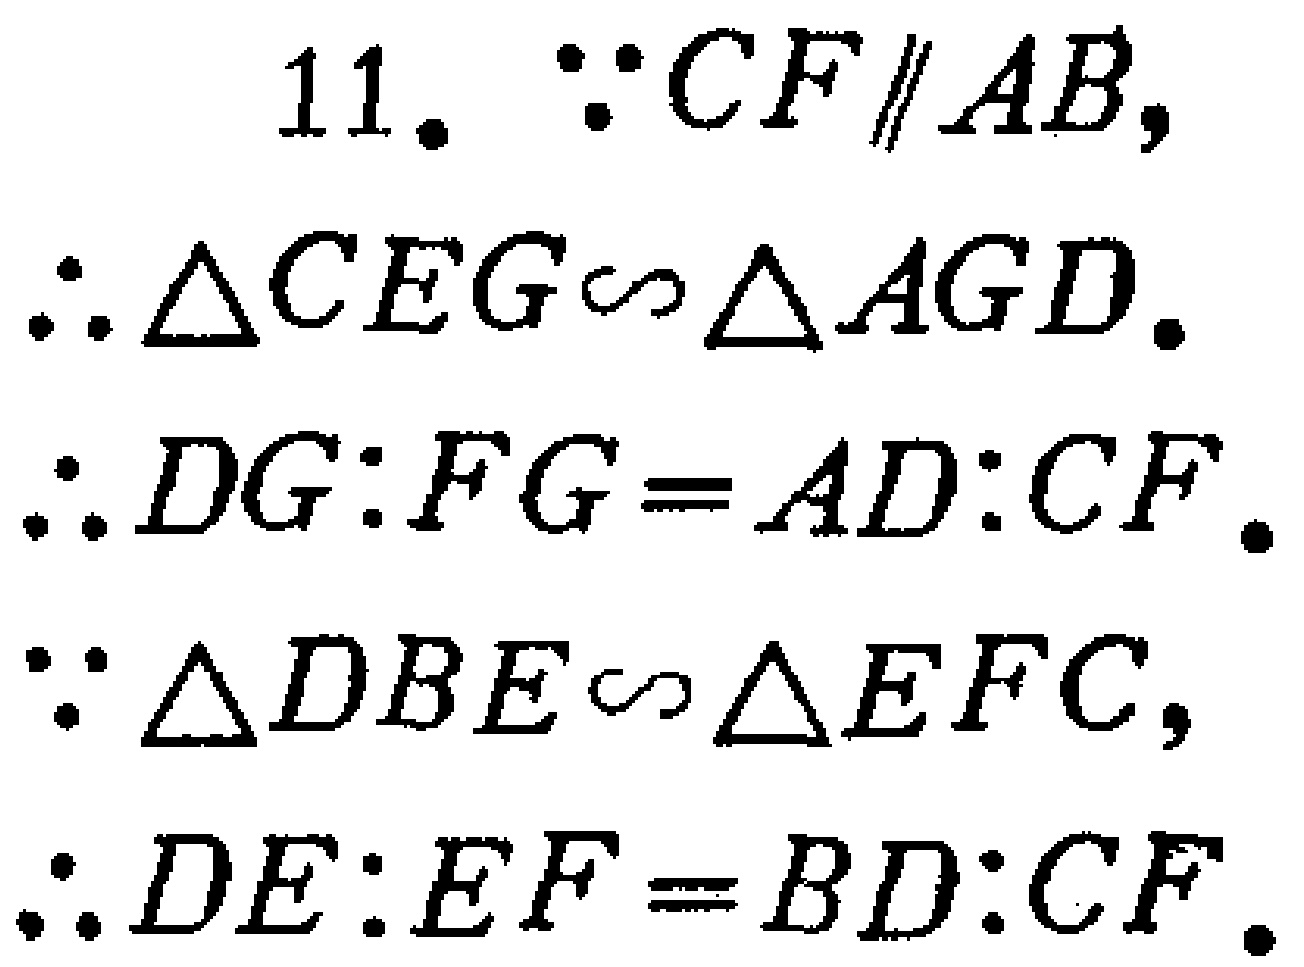
11. $\because CF\parallel AB,$

$\therefore \triangle CEG\sim\triangle AGD.$

$\therefore DG:FG = AD:CF.$

$\because \triangle DBE\sim\triangle EFC,$

$\therefore DE:EF = BD:CF.$